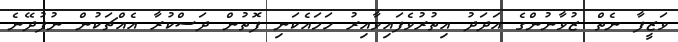
ވަޒީފާ ނެތް ޒުވާނުންގެ އަދަދު އިތުރުވެފައިވާއިރު ހަމައެކަނި ފޮތުން ދަސްކުރާ އެއްޗަކުން ނުފުދޭނެ